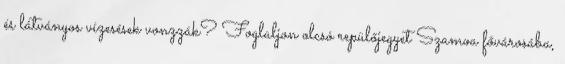
és látványos vízesések vonzzák? Foglaljon olcsó repülőjegyet Szamoa fővárosába,